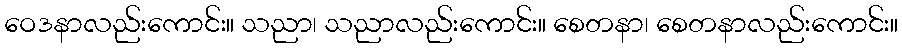
ဝေဒနာလည်းကောင်း။ သညာ၊ သညာလည်းကောင်း။ စေတနာ၊ စေတနာလည်းကောင်း။